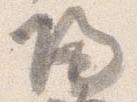
帰